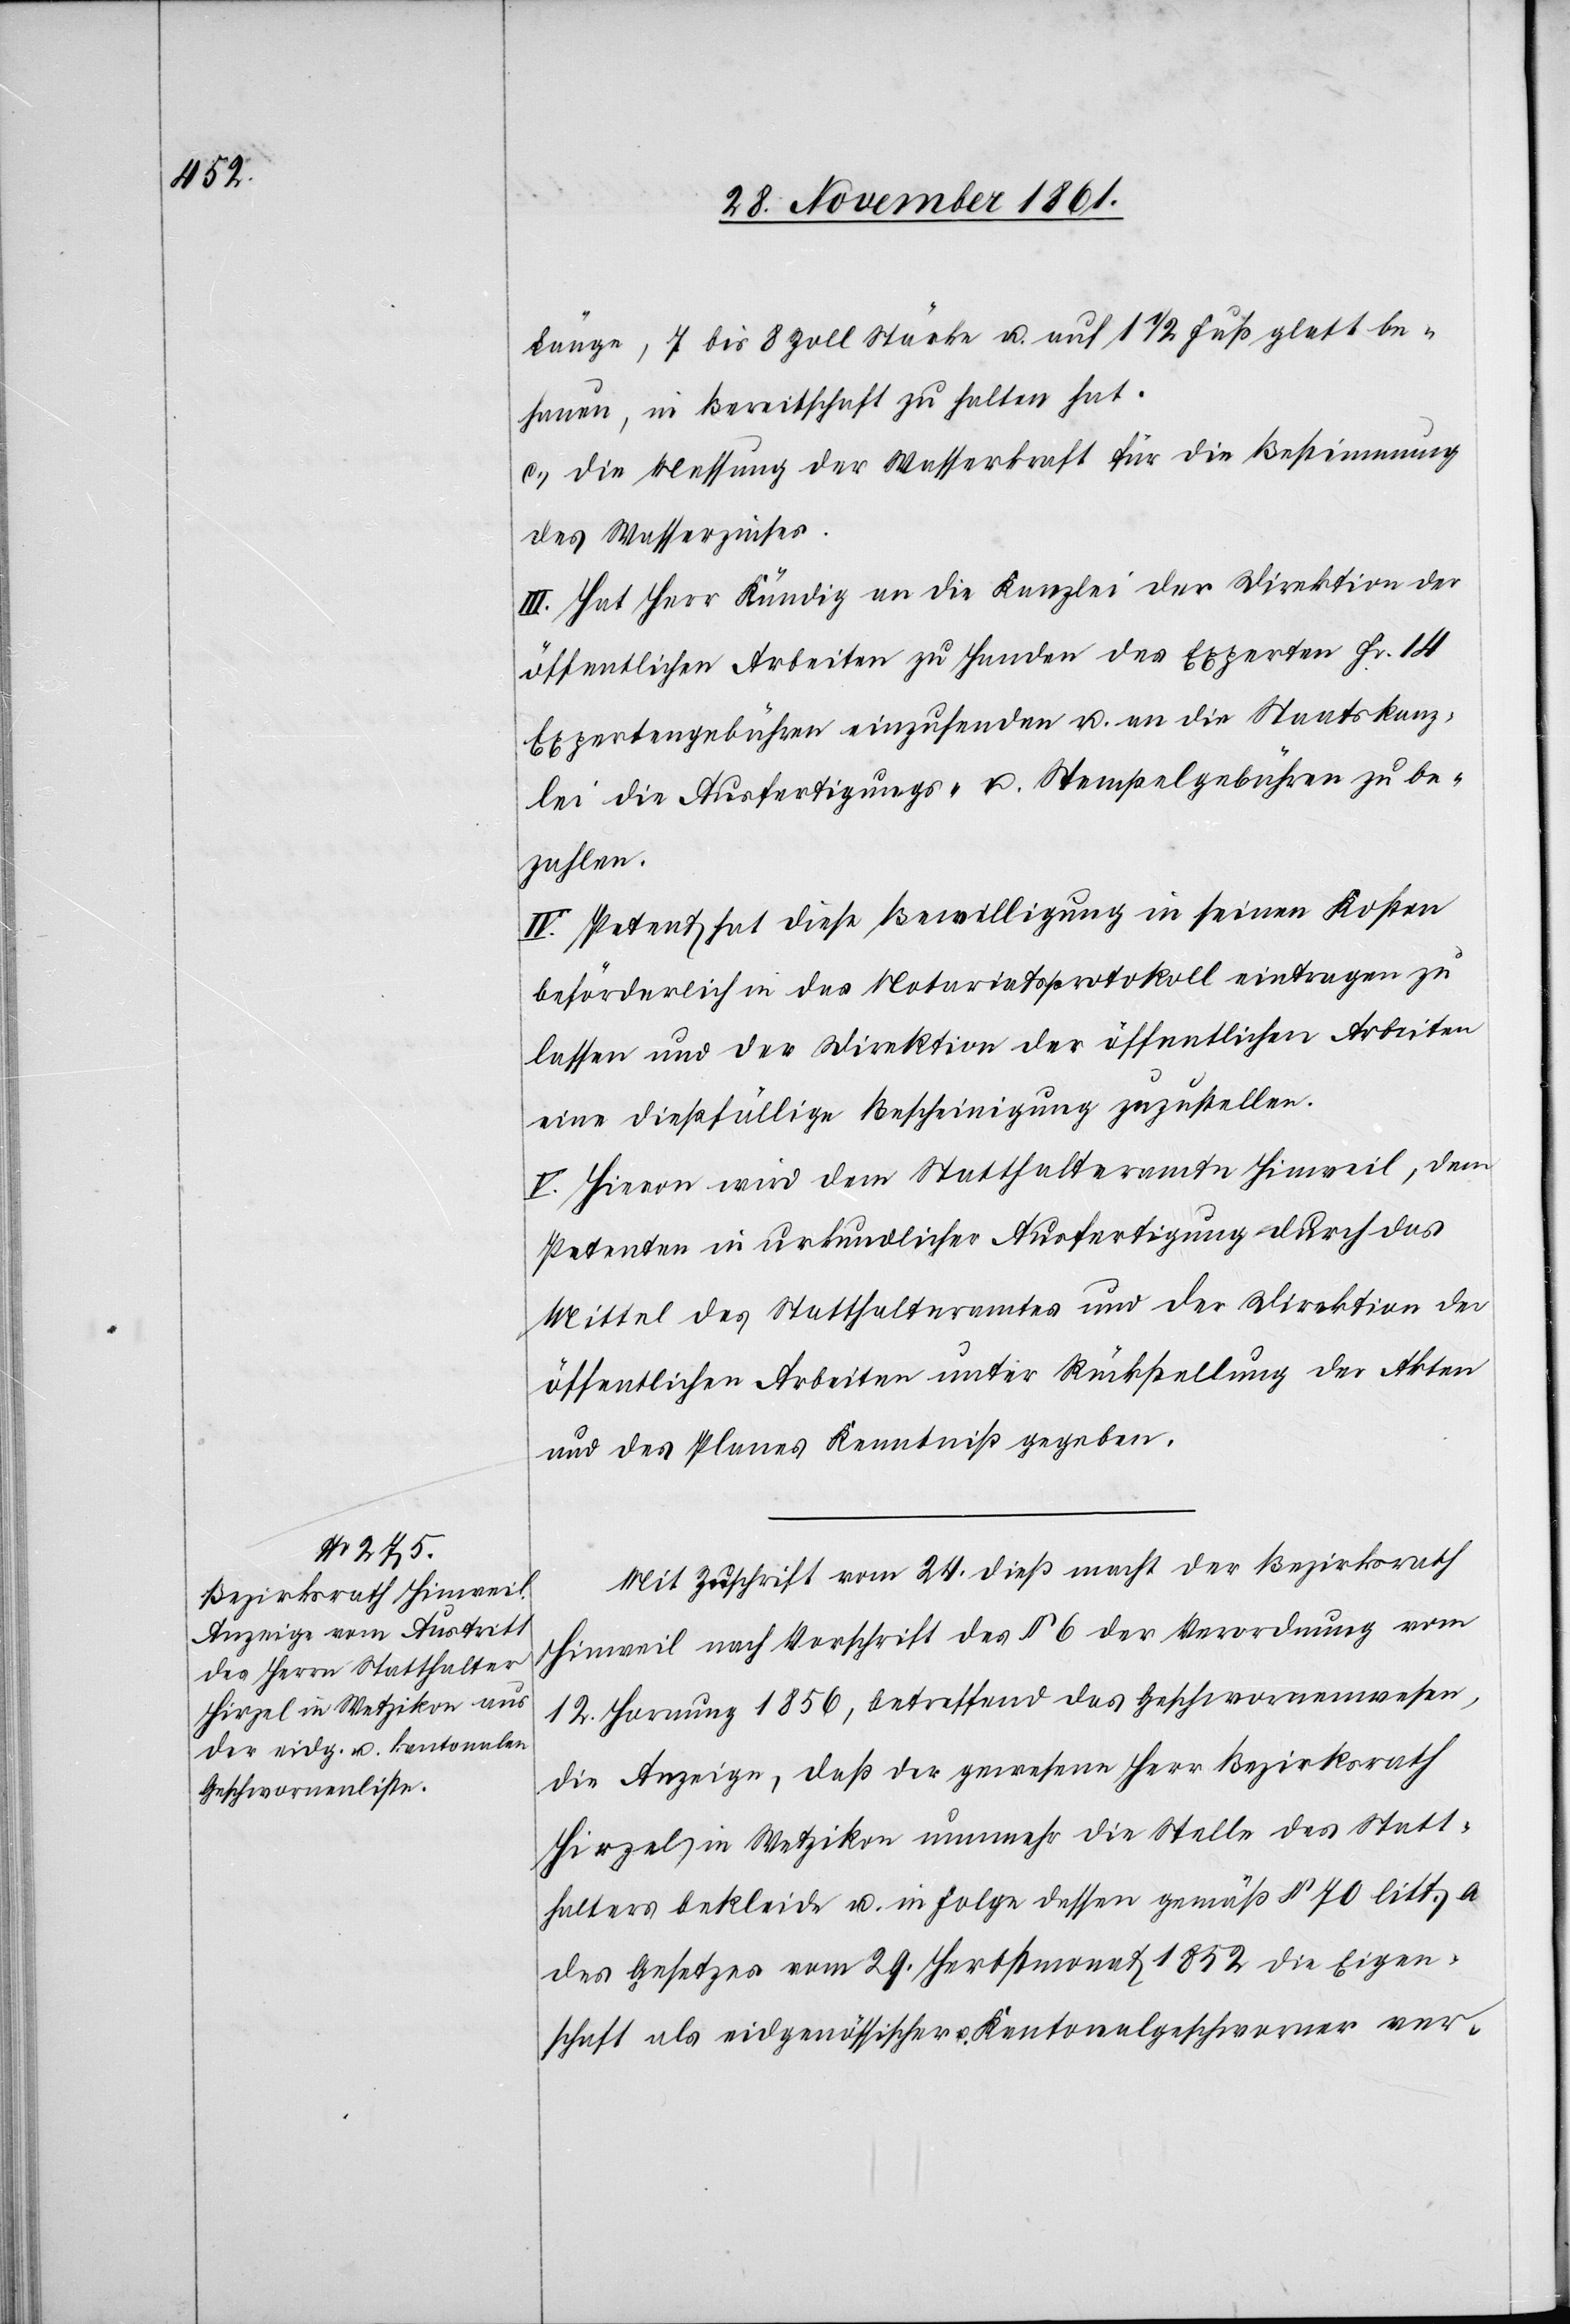
Länge, 7 bis 8 Zoll Stärke u. auf 1 1/2 Fuß glatt be¬
hauen, in Bereitschaft zu halten hat.
c., die Messung der Wasserkraft für die Bestimmung
des Wasserzinses.
III. Hat Herr Kündig an die Kanzlei der Direktion der
öffentlichen Arbeiten zu Handen des Experten Fr. 14
Expertengebühren einzusenden u. an die Staatskanz¬
lei die Ausfertigungs- u. Stempelgebühren zu be¬
zahlen.
IV. Petent hat diese Bewilligung in seinen Kosten
beförderlich in das Notariatsprotokoll eintragen zu
lassen und der Direktion der öffentlichen Arbeiten
eine dießfällige Bescheinigung zuzustellen.
V. Hievon wird dem Statthalteramte Hinweil, dem
Petenten in urkundlicher Ausfertigung durch das
Mittel des Statthalteramtes und der Direktion der
öffentlichen Arbeiten unter Rückstellung der Akten
und des Planes Kenntniß gegeben.
Mit Zuschrift vom 24 dieß macht der Bezirksrath
Hinweil nach Vorschrift des § 6 der Verordnung vom
12 Hornung 1856, betreffend das Geschworenenwesen,
die Anzeige, daß der gewesene Herr Bezirksrath
Hirzel in Wetzikon nunmehr die Stelle des Statt¬
halters bekleide u. in Folge dessen gemäß § 70 litt. a
des Gesetzes vom 29 Herbstmonat 1852 die Eigen¬
schaft als eidgenössischer Kantonalgeschworener ver-